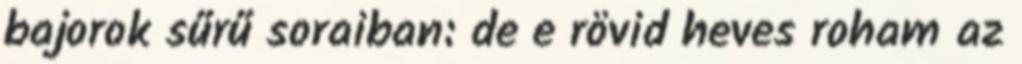
bajorok sűrű soraiban: de e rövid heves roham az